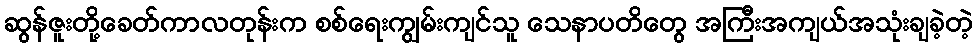
ဆွန်ဇူးတို့ခေတ်ကာလတုန်းက စစ်ရေးကျွမ်းကျင်သူ သေနာပတိတွေ အကြီးအကျယ်အသုံးချခဲ့တဲ့